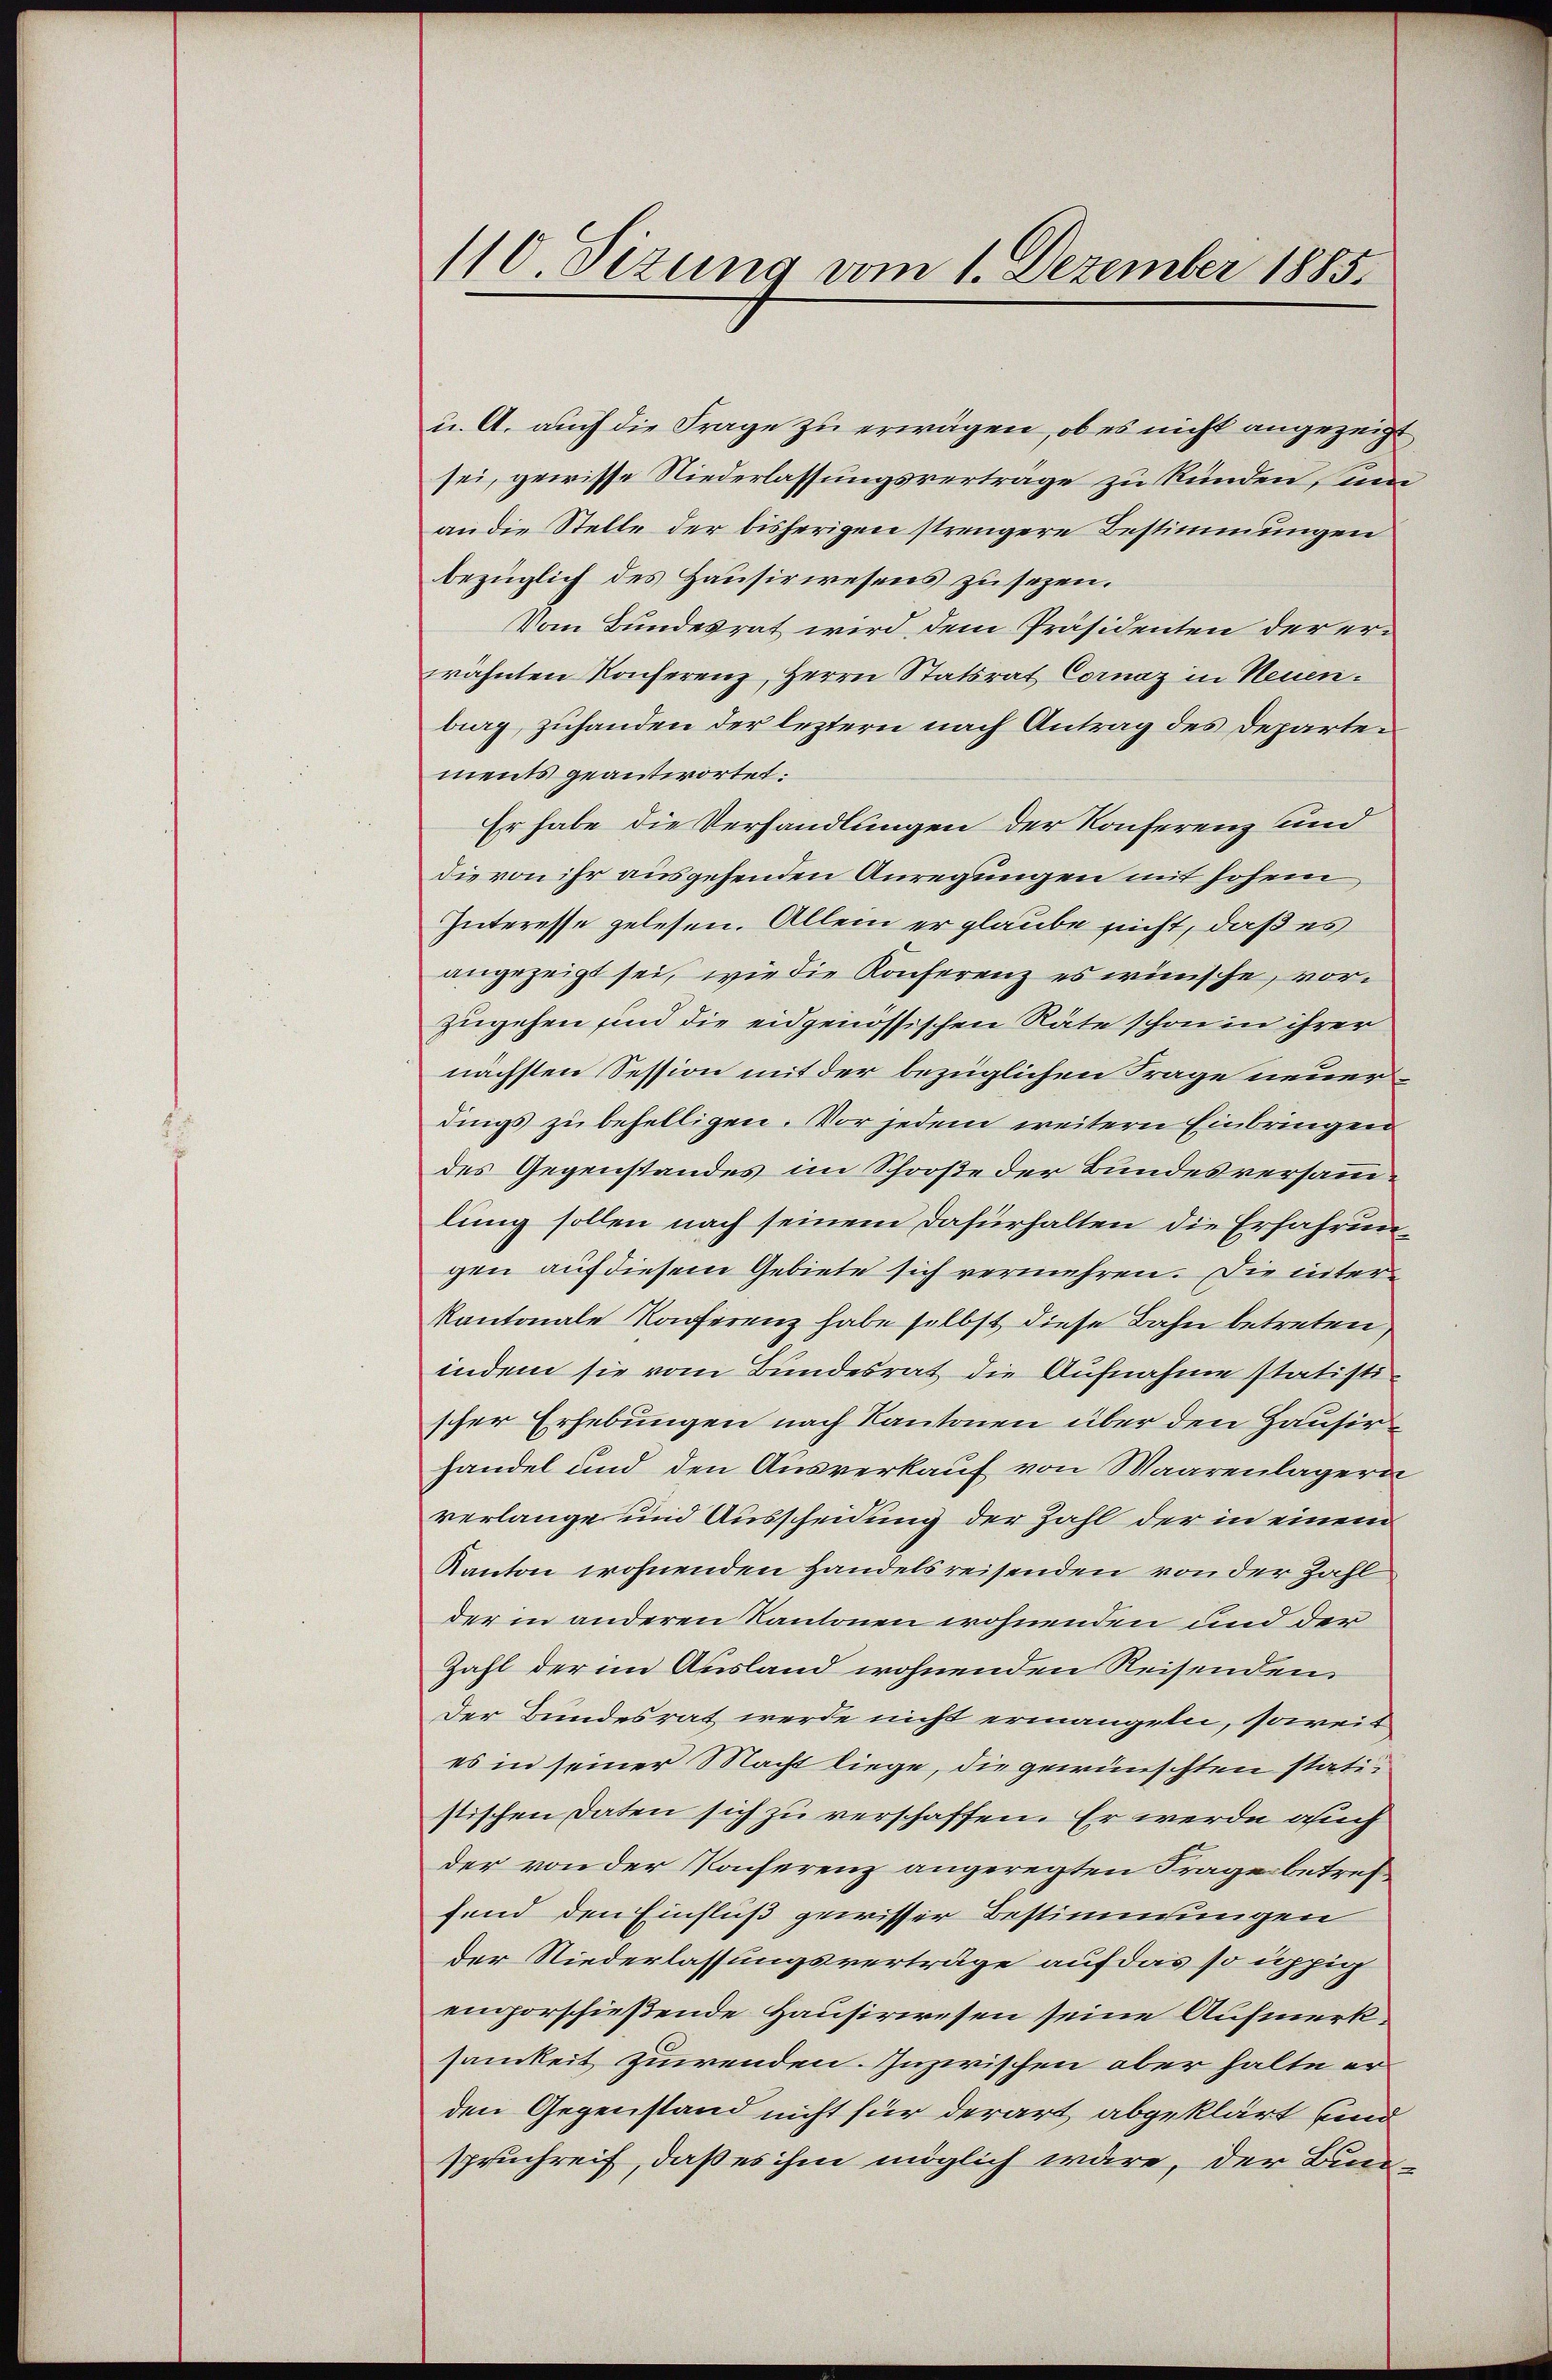
110. Sizung vom 1. Dezember 1885.

u. A. auch die Frage zu erwägen, ob es nicht angezeigt
sei, gewisse Niederlassungsvertrage zu künden, um
an die Stelle der bisherigen strengere Bestimmungen
bezüglich des Hausirwesens zu sezen.
Vom Bundesrat wird dem Präsidenten der erwähnten Konferenz, Herrn Statsrat Cornaz in Neuenburg, zuhanden der leztern nach Antrag des Departements geantwortet:
Er habe die Verhandlungen der Konferenz und
die von ihr ausgehenden Anregungen mit Johei
Interesse gelesen. Allein er glaube sicht, daß es
angezeigt sei, wie die Konferenz es wünsche, vorzugehen sind die eidgenössischen Räte schon in ihrer
nächsten Session mit der bezüglichen Frage neuerdings zu behelligen. Vor jedem weitern Einbringen
des Gegenstandes im Schooße der Bundesversammlung sollen nach seinem Dafürhalten die Erfahrungen auf diesem Gebiete sich vermehren. Die inter¬
Kantonale Konferenz habe selbst diese Bahn betreten.
indem sie vom Bundesrat die Aufnahme statistischer Erhebungen nach Kantonen über den Hausirhandel und den Ausverkauf von Waarenlagern
verlange und Ausscheidung der Zahl der in einem
Kanton wohnenden Handelsreisenden von der Zahl
der in anderen Kantonen wohnenden und der
Zahl der im Ausland wohnenden Reisenden
Der Bundesrat werde nicht ermangelei, soweit
es in seiner Macht liege, die gewünschten statistischen Daten sich zu verschaffen. Er werde auch
der von der Konferenz angeregten Frage betreffend den Einfluß gewisser Bestimmungen
Der Niederlassungsverträge auf das so üppig
emporschießende Hausirwesen seine Aufmerksamkeit zuwenden. Inzwischen aber halte erden Gegenstand nicht für derart abgeklärt sind
spruchreif, daß es ihm möglich wäre, der Bun¬